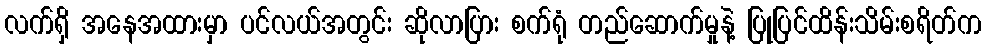
လက်ရှိ အနေအထားမှာ ပင်လယ်အတွင်း ဆိုလာပြား စက်ရုံ တည်ဆောက်မှုနဲ့ ပြုပြင်ထိန်းသိမ်းစရိတ်က